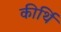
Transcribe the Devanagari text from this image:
कीर्थि